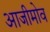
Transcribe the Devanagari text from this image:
आजीमोव